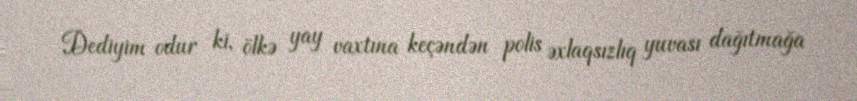
Dediyim odur ki, ölkə yay vaxtına keçəndən polis əxlaqsızlıq yuvası dağıtmağa